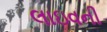
લાઇવની